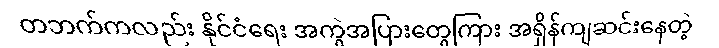
တဘက်ကလည်း နိုင်ငံရေး အကွဲအပြားတွေကြား အရှိန်ကျဆင်းနေတဲ့